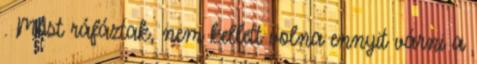
. Most ráfáztak, nem kellett volna ennyit várni a